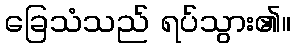
ခြေသံသည် ရပ်သွား၏။